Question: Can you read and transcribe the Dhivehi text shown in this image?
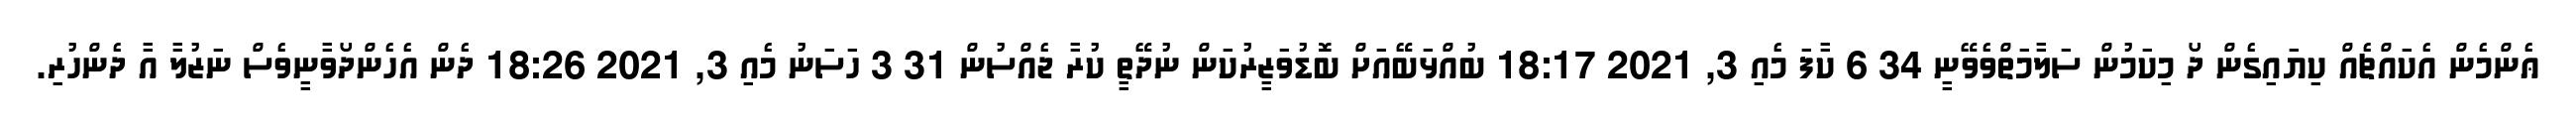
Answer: ޢެންމެން އެކައްޗެއް ކިޔައިގެން ދޯ މިކަމުން ސަލާމަތްވެވޭނީ 34 6 ކާފަ މެއި 3, 2021 18:17 ބުއްޅަބޭއަށް ބޮޑުވަޒީރުކަން ނުދޭތީ ކުރާ ޖެއްސުން 31 3 ހަސަނު މެއި 3, 2021 18:26 ދެން އެހެންދޯވާނީވެސް ނަޒުލާ އާ ދެންހުރި.